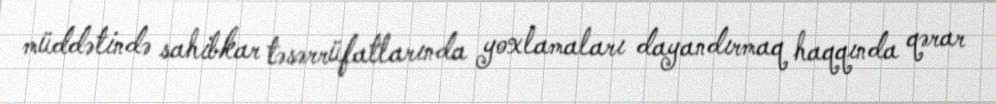
müddətində sahibkar təsərrüfatlarında yoxlamaları dayandırmaq haqqında qərar